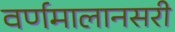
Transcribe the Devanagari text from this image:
वर्णमालानसरी